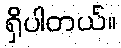
ရှိပါတယ်။